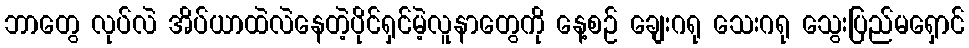
ဘာတွေ လုပ်လဲ အိပ်ယာထဲလဲနေတဲ့ပိုင်ရှင်မဲ့လူနာတွေကို နေ့စဉ် ချေးဂရု သေးဂရု သွေးပြည်မရှောင်